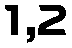
1,2